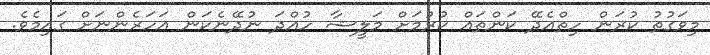
މިވަގުތު ކުރަން ހިތްއެދޭ ކަންތައް ކުރުމަށް މަލީޝާ ހުއްދަ ނުދޭނެކަން އަހަރެންނަށް ގައިމެވެ.